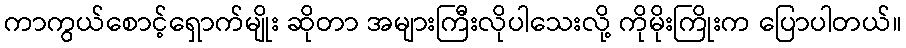
ကာကွယ်စောင့်ရှောက်မျိုး ဆိုတာ အများကြီးလိုပါသေးလို့ ကိုမိုးကြိုးက ပြောပါတယ်။